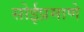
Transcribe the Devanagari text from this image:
सोईप्रमाणे